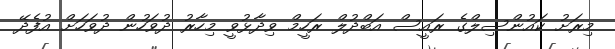
މިރަށު ކައުންސިލްގެ ރައީސް އަބްދުލް ރަހީމް ވިދާޅުވީ މިހާރު ދުވަހުން ދުވަހަށް އުފެދޭ